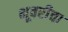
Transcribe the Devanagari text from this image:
भूवरीचा